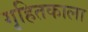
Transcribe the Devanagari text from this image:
गृहितकाला